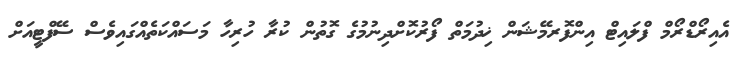
އެއިރޯޑްރޯމް ފްލައިޓް އިންފޮރމޭޝަން ޚިދުމަތް ފޯރުކޮށްދިނުމުގެ ގޮތުން ކުރާ ހުރިހާ މަސައްކަތެއްގައިވެސް ސޭފްޓީއަށް